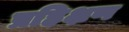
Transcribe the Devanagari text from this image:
प्रहिक्षण